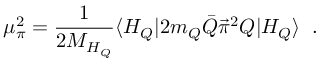
\mu _ { \pi } ^ { 2 } = \frac { 1 } { 2 M _ { H _ { Q } } } \langle H _ { Q } | 2 m _ { Q } \bar { Q } { \vec { \pi } } ^ { 2 } Q | H _ { Q } \rangle \; \; .